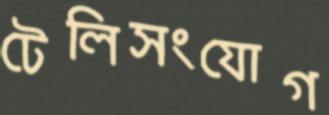
টেলিসংযোগ